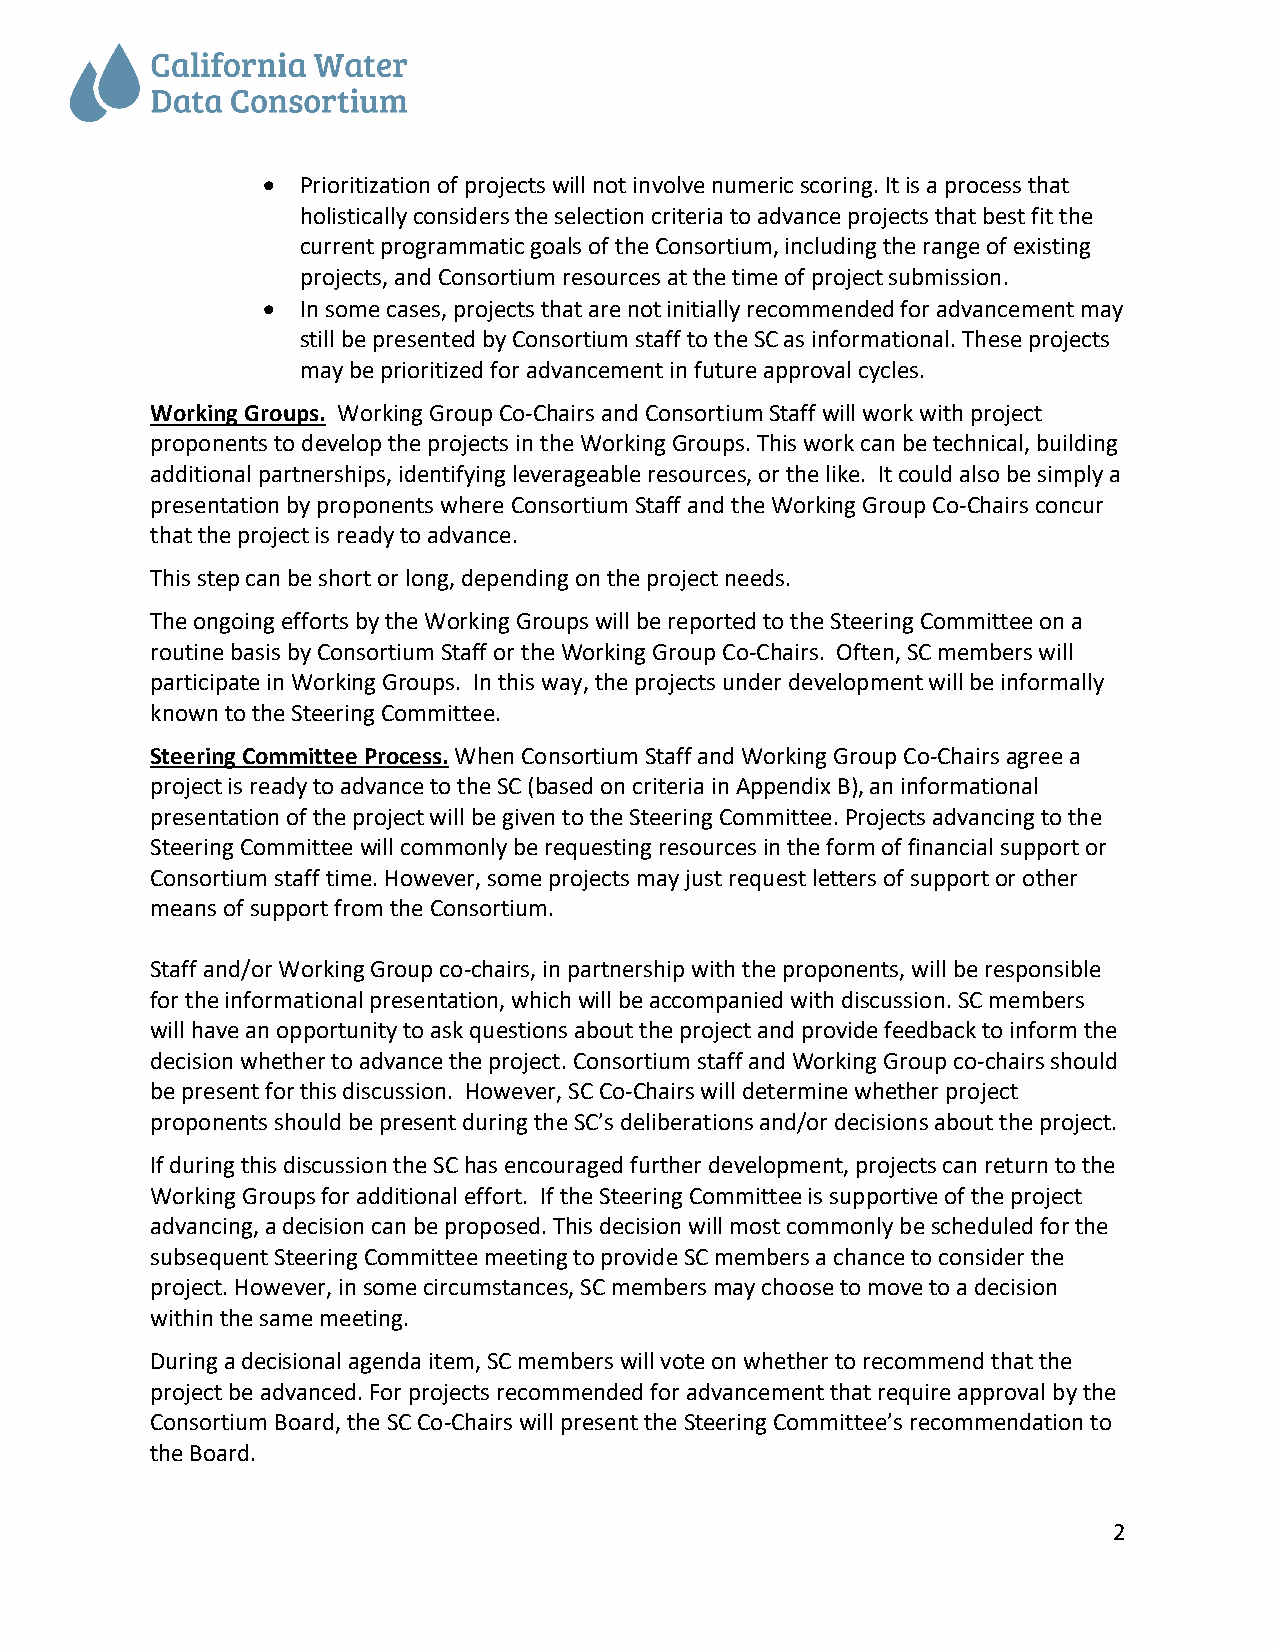
•  Prioritization of projects will not involve numeric scoring. It is a process that
 holistically considers the selection criteria to advance projects that best fit the
 current programmatic goals of the Consortium, including the range of existing
 projects, and Consortium resources at the time of project submission.
 •  In some cases, projects that are not initially recommended for advancement may
 still be presented by Consortium staff to the SC as informational. These projects
 may be prioritized for advancement in future approval cycles.
 Working Groups. Working Group Co-Chairs and Consortium Staff will work with project
 proponents to develop the projects in the Working Groups. This work can be technical, building
 additional partnerships, identifying leverageable resources, or the like. It could also be simply a
 presentation by proponents where Consortium Staff and the Working Group Co-Chairs concur
 that the project is ready to advance.
 This step can be short or long, depending on the project needs.
 The ongoing efforts by the Working Groups will be reported to the Steering Committee on a
 routine basis by Consortium Staff or the Working Group Co-Chairs. Often, SC members will
 participate in Working Groups. In this way, the projects under development will be informally
 known to the Steering Committee.
 Steering Committee Process. When Consortium Staff and Working Group Co-Chairs agree a
 project is ready to advance to the SC (based on criteria in Appendix B), an informational
 presentation of the project will be given to the Steering Committee. Projects advancing to the
 Steering Committee will commonly be requesting resources in the form of financial support or
 Consortium staff time. However, some projects may just request letters of support or other
 means of support from the Consortium.
 Staff and/or Working Group co-chairs, in partnership with the proponents, will be responsible
 for the informational presentation, which will be accompanied with discussion. SC members
 will have an opportunity to ask questions about the project and provide feedback to inform the
 decision whether to advance the project. Consortium staff and Working Group co-chairs should
 be present for this discussion. However, SC Co-Chairs will determine whether project
 proponents should be present during the SC’s deliberations and/or decisions about the project.
 If during this discussion the SC has encouraged further development, projects can return to the
 Working Groups for additional effort. If the Steering Committee is supportive of the project
 advancing, a decision can be proposed. This decision will most commonly be scheduled for the
 subsequent Steering Committee meeting to provide SC members a chance to consider the
 project. However, in some circumstances, SC members may choose to move to a decision
 within the same meeting.
 During a decisional agenda item, SC members will vote on whether to recommend that the
 project be advanced. For projects recommended for advancement that require approval by the
 Consortium Board, the SC Co-Chairs will present the Steering Committee’s recommendation to
 the Board.
 2